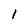
Character: 1